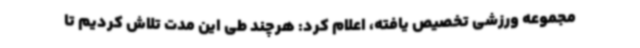
مجموعه ورزشی تخصیص یافته، اعلام کرد: هرچند طی این مدت تلاش کردیم تا